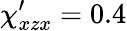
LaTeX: \chi_{xzx}^{\prime}=0.4